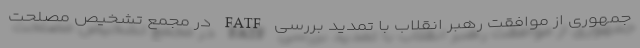
جمهوری از موافقت رهبر انقلاب با تمدید بررسی FATF در مجمع تشخیص مصلحت